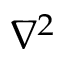
\nabla ^ { 2 }